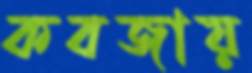
কবজায়